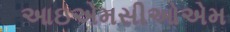
આઇએમસીઓએમ